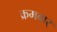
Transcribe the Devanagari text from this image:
क्रमवार्